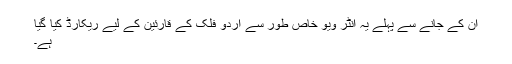
ان کے جانے سے پہلے یہ انٹر ویو خاص طور سے اردو فلک کے قارئین کے لیے ریکارڈ کیا گیا
ہے۔